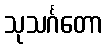
သုသင်္ဂတော